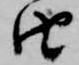
由